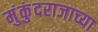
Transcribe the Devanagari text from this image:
मुंकुंदराजाच्या